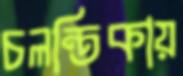
চলন্তিকায়